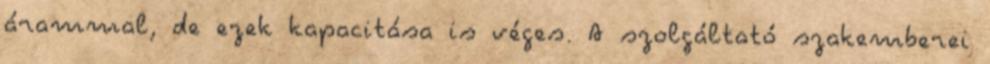
árammal, de ezek kapacitása is véges. A szolgáltató szakemberei